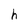
Character: h